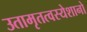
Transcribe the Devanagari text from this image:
उतामृतत्वस्येशानो